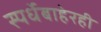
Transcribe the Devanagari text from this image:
स्पर्धेबाहेरही